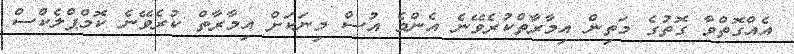
އެއްގޮތްވާ ގޮތުގެ މަތިން އިމާރާތްކުރެވޭނެ އެންމެ އުސް މިނަކަށް އިމާރާތް ކުރެވޭނެ ކޮމްޕްލެކްސް